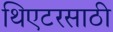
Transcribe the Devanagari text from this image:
थिएटरसाठी